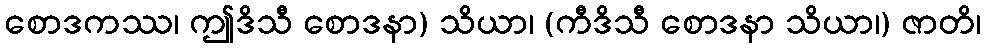
စောဒကဿ၊ ဤဒိသီ စောဒနာ) သိယာ၊ (ကီဒိသီ စောဒနာ သိယာ၊) ဇာတိ၊